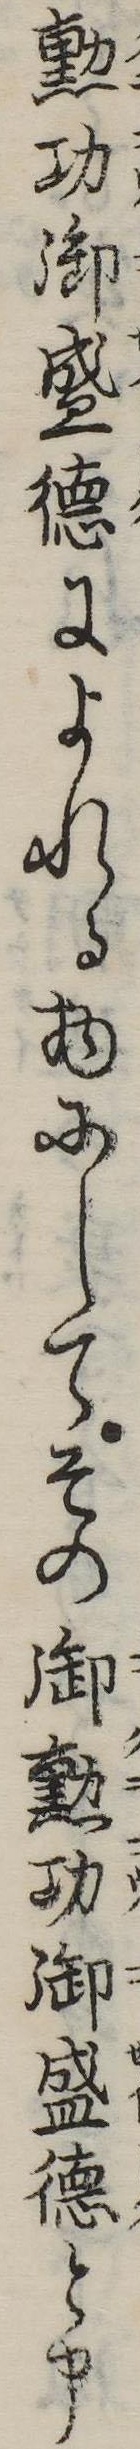
勲功御盛徳によれる物にしてその御勲功御盛徳と申